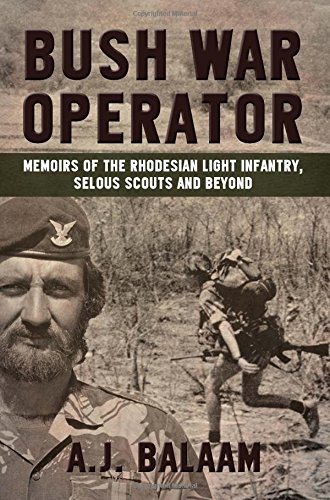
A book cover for Bush War Operator: Memoirs of the Rhodesian Light Infantry, Selous Scouts and beyond; Andrew Balaam; History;